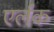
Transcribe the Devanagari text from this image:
एर्लक